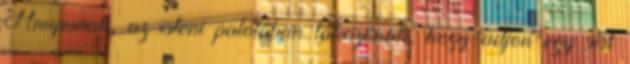
Anupunak, az isteni palotában lakozónak, hogy adjon egy sírt